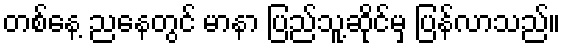
တစ်နေ့ ညနေတွင် မာနာ ပြည်သူ့ဆိုင်မှ ပြန်လာသည်။